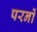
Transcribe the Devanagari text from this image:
परनों